Triennial report on the lunatic asylums in the province of Eastern Bengal and Assam - 1903-1911
Year: 1903
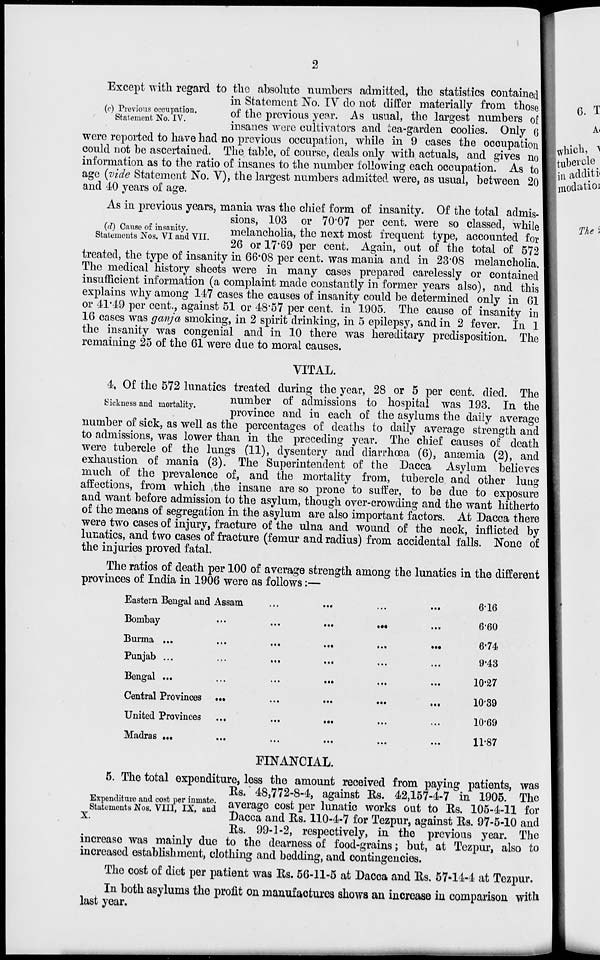
2
(c) Previous occupation.
Statement No. IV.
Except with regard to the absolute numbers admitted, the statistics contained
in Statement No. IV do not differ materially from those
of the previous year. As usual, the largest numbers of
insanes were cultivators and tea-garden coolies. Only 6
were reported to have had no previous occupation, while in 9 cases the occupation
could not be ascertained. The table, of course, deals only with actuals, and gives no
information as to the ratio of insanes to the number following each occupation. As to
age (vide Statement No. V), the largest numbers admitted were, as usual, between 20
and 40 years of age.
(d) Cause of insanity.
Statements Nos. VI and VII.
As in previous years, mania was the chief form of insanity. Of the total admis-
sions, 103 or 70.07 per cent. were so classed, while
melancholia, the next most frequent type, accounted for
26 or 17.69 per cent. Again, out of the total of 572
treated, the type of insanity in 66.08 per cent. was mania and in 23.08 melancholia.
The medical history sheets were in many cases prepared carelessly or contained
insufficient information (a complaint made constantly in former years also), and this
explains why among 147 cases the causes of insanity could be determined only in 61
or 41.49 per cent., against 51 or 48.57 per cent. in 1905. The cause of insanity in
16 cases was ganja smoking, in 2 spirit drinking, in 5 epilepsy, and in 2 fever. In 1
the insanity was congenial and in 10 there was hereditary predisposition. The
remaining 25 of the 61 were due to moral causes.
VITAL.
Sickness and mortality.
4. Of the 572 lunatics treated during the year, 28 or 5 per cent. died. The
number of admissions to hospital was 193. In the
province and in each of the asylums the daily average
number of sick, as well as the percentages of deaths to daily average strength and
to admissions, was lower than in the preceding year. The chief causes of death
were tubercle of the lungs (11), dysentery and diarrhœa (6), anæmia (2), and
exhaustion of mania (3). The Superintendent of the Dacca Asylum believes
much of the prevalence of, and the mortality from, tubercle and other lung
affections, from which the insane are so prone to suffer, to be due to exposure
and want before admission to the asylum, though over-crowding and the want hitherto
of the means of segregation in the asylum are also important factors. At Dacca there
were two cases of injury, fracture of the ulna and wound of the neck, inflicted by
lunatics, and two cases of fracture (femur and radius) from accidental falls. None of
the injuries proved fatal.
The ratios of death per 100 of average strength among the lunatics in the different
provinces of India in 1906 were as follows:—
Eastern Bengal and Assam ... ... ... ...
Bombay ... ... ... ... ...
Burma ...
...
...
...
...
...
Punjab ... ... ... ... ... ...
Bengal
...
...
...
...
...
...
Central Provinces
...
...
...
...
...
United Provinces ...
...
... ... ...
Madras
...
...
...
...
... ...
6.16
6.60
6.74
9.43
10.27
10.39
10.69
11.87
FINANCIAL.
Expenditure and cost per inmate.
Statements Nos. VIII, IX, and
X.
5. The total expenditure, less the amount received from paying patients, was
Rs. 48,772-8-4, against Rs. 42,157-4-7 in 1905. The
average cost per lunatic works out to Rs. 105-4-11 for
Dacca and Rs. 110-4-7 for Tezpur, against Rs. 97-5-10 and
Rs. 99-1-2, respectively, in the previous year. The
increase was mainly due to the dearness of food-grains ; but, at Tezpur, also to
increased establishment, clothing and bedding, and contingencies.
The cost of diet per patient was Rs. 56-11-5 at Dacca and Rs. 57-14-4 at Tezpur.
In both asylums the profit on manufactures shows an increase in comparison with
last year.